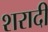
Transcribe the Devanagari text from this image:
शरादी